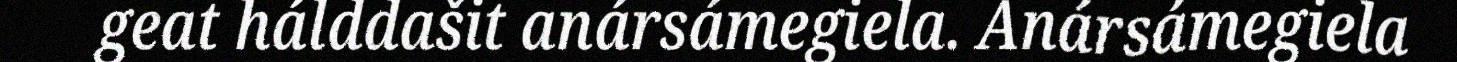
geat hálddašit anársámegiela. Anársámegiela